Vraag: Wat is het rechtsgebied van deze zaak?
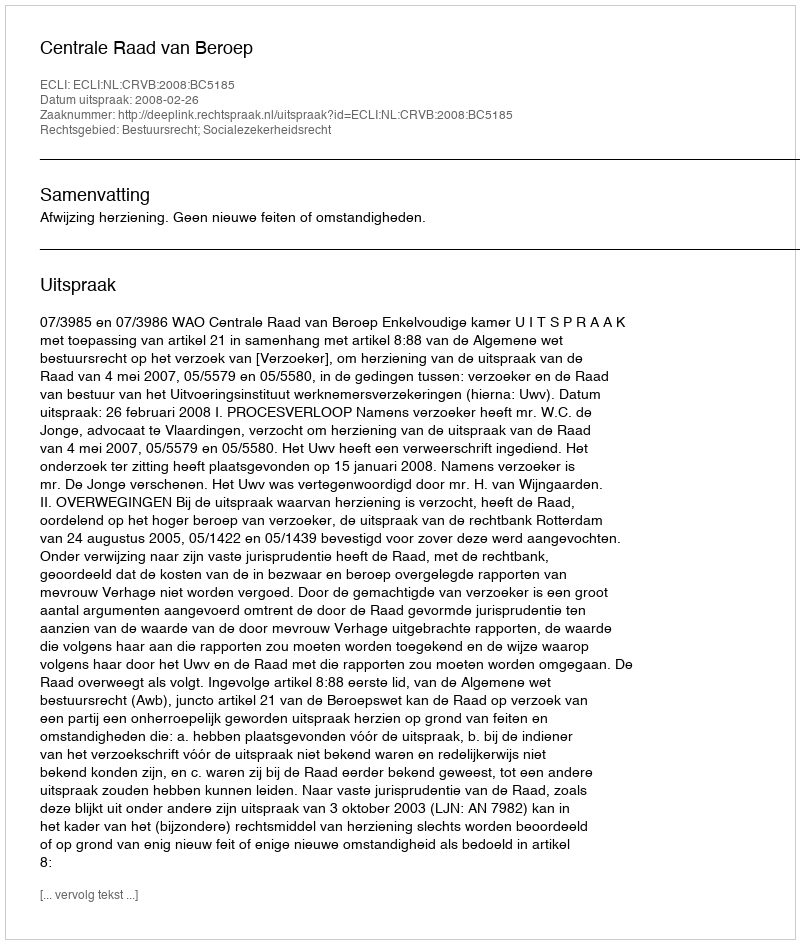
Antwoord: Bestuursrecht; Socialezekerheidsrecht